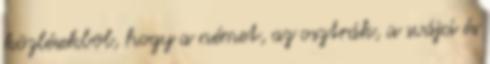
közlésekbõl, hogy a német, az osztrák, a svájci és